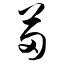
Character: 苗